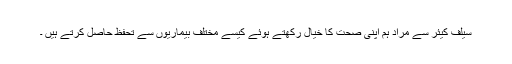
سیلف کیئر سے مراد ہم اپنی صحت کا خیال رکھتے ہوئے کیسے مختلف بیماریوں سے تحفظ حاصل کرتے ہیں ۔